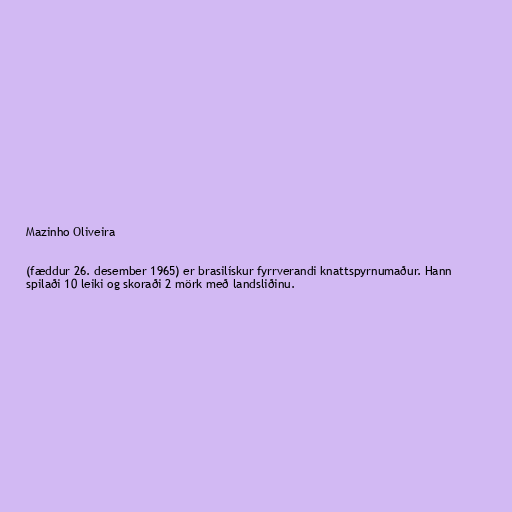
Mazinho Oliveira

(fæddur 26. desember 1965) er brasilískur fyrrverandi knattspyrnumaður. Hann
spilaði 10 leiki og skoraði 2 mörk með landsliðinu.